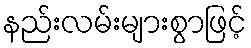
နည်းလမ်းများစွာဖြင့်